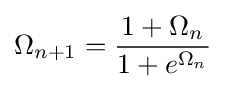
\Omega _{n+1}={\frac {1+\Omega _{n}}{1+e^{\Omega _{n}}}}